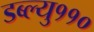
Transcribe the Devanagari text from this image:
डब्ल्यु११०